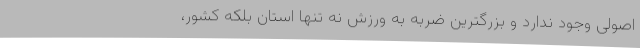
اصولی وجود ندارد و بزرگترین ضربه به ورزش نه تنها استان بلکه کشور،